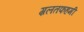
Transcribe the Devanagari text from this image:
ग़लतफहमी